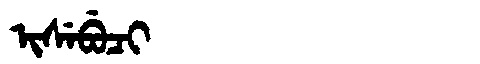
Manchu: ᡳᠰᡝᠪᡠᠴᡳ
Romanization: ISEBUCI